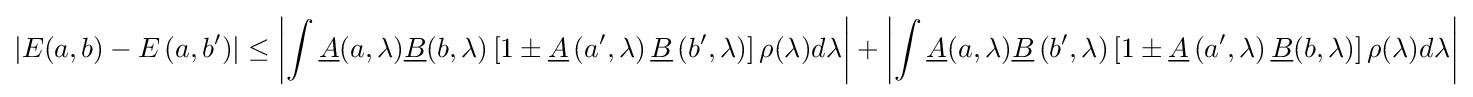
\left|E(a,b)-E\left(a,b'\right)\right|\leq \left|\int {\underline {A}}(a,\lambda ){\underline {B}}(b,\lambda )\left[1\pm {\underline {A}}\left(a',\lambda \right){\underline {B}}\left(b',\lambda \right)\right]\rho (\lambda )d\lambda \right|+\left|\int {\underline {A}}(a,\lambda ){\underline {B}}\left(b',\lambda \right)\left[1\pm {\underline {A}}\left(a',\lambda \right){\underline {B}}(b,\lambda )\right]\rho (\lambda )d\lambda \right|